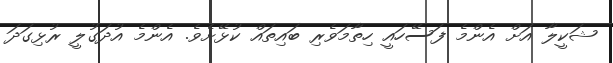
ޝަކީލާ އަށް އެންމެ ފަސޭހައީ ހިތާމަވެރި ބައިތައް ކުޅޭށެވެ. އެންމެ އުދަގުލީ ރުޅިގަދަ